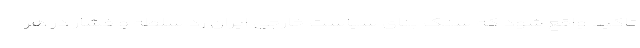
تاکید واقع شود که سنگ بنای سیاست خارجی ایران رد سلطه و فشار در هر